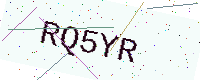
Text: RQ5YR